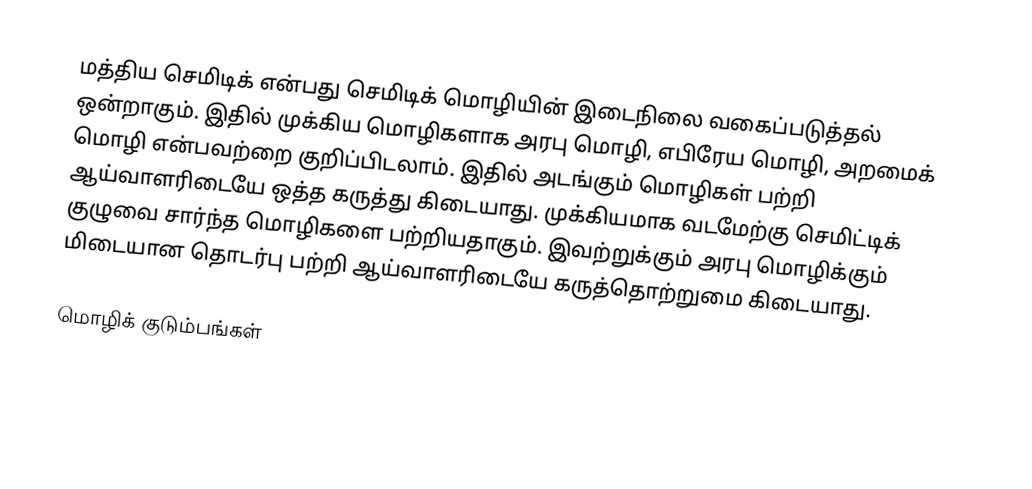
மத்திய செமிடிக் என்பது செமிடிக் மொழியின் இடைநிலை வகைப்படுத்தல் ஒன்றாகும். இதில் முக்கிய மொழிகளாக அரபு மொழி, எபிரேய மொழி, அறமைக் மொழி என்பவற்றை குறிப்பிடலாம். இதில் அடங்கும் மொழிகள் பற்றி ஆய்வாளரிடையே ஒத்த கருத்து கிடையாது. முக்கியமாக வடமேற்கு செமிட்டிக் குழுவை சார்ந்த மொழிகளை பற்றியதாகும். இவற்றுக்கும் அரபு மொழிக்கும் மிடையான தொடர்பு பற்றி ஆய்வாளரிடையே  கருத்தொற்றுமை கிடையாது.

மொழிக் குடும்பங்கள்